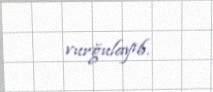
vurğulayıb.